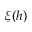
\xi ( h )